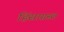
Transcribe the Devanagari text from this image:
हिंसाग्रस्त